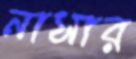
নাসার